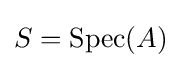
S=\operatorname {Spec} (A)